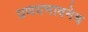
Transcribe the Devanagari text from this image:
प्रणयभावनेच